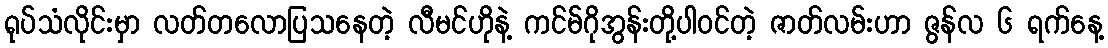
ရုပ်သံလိုင်းမှာ လတ်တလောပြသနေတဲ့ လီမင်ဟိုနဲ့ ကင်မ်ဂိုအွန်းတို့ပါဝင်တဲ့ ဇာတ်လမ်းဟာ ဇွန်လ ၆ ရက်နေ့